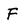
Character: F